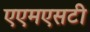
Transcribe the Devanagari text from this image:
एएमएसटी